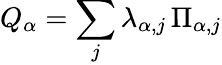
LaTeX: Q_{\alpha}=\sum_{j}\lambda_{\alpha,j}\, \Pi_{\alpha,j}